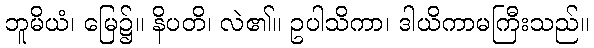
ဘူမိယံ၊ မြေ၌။ နိပတိ၊ လဲ၏။ ဥပါသိကာ၊ ဒါယိကာမကြီးသည်။